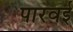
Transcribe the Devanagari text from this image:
पारवई